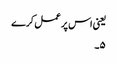
یعنی اس پر عمل کرے
۵۔